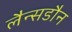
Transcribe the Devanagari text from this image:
लैन्सडौन